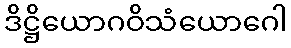
ဒိဋ္ဌိယောဂဝိသံယောဂေါ